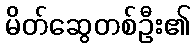
မိတ်ဆွေတစ်ဦး၏